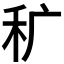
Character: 𰨜